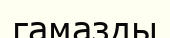
гамазды